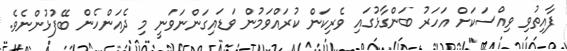
ފާއިތުވި ވިއްސަކަށް އަހަރު ބަންގާޅުގައި ވެރިކަން ކުރައްވަމުން ވަޑައިގަންނަވަނީ މި ދެއަންހެން ބޭފުޅުންނެވެ.